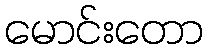
မောင်းတော